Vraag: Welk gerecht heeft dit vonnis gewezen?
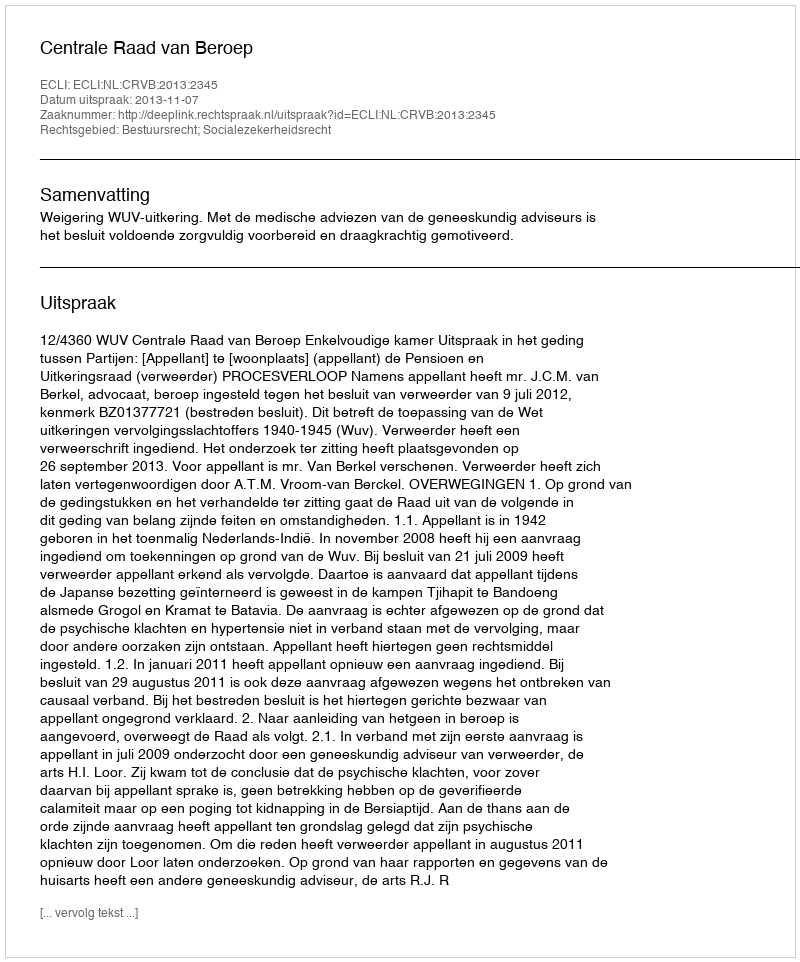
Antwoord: Centrale Raad van Beroep